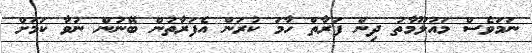
ނަމަވެސް މައުލޫމާތު ދިން ފަރާތް ހާމަ ކުރަން އެފަރާތުން ބޭނުން ނުވާ ކަމަށް